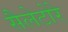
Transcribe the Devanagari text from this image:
सैलेटोरे